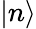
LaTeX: \left|n\right\rangle